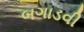
બગાડવી